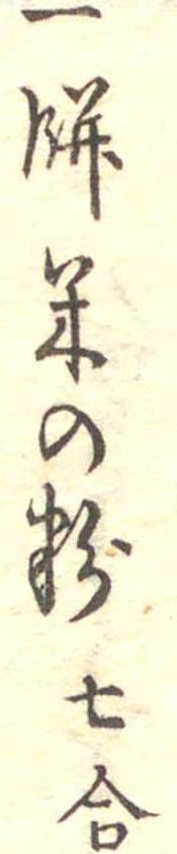
一餅米の粉七合